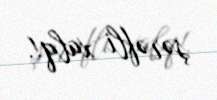
şərəfli xalq!.